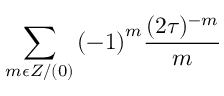
\sum _ { m \epsilon Z / ( 0 ) } { ( - 1 ) } ^ { m } \frac { ( 2 \tau ) ^ { - m } } { m }